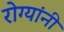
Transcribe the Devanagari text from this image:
रोग्यांनी